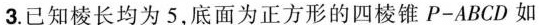
3.已知棱长均为5，底面为正方形的四棱锥P-ABCD如